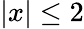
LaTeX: |x|\leq 2